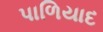
પાળિયાદ